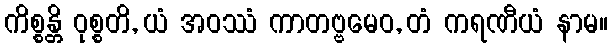
ကိစ္စန္တိ ဝုစ္စတိ, ယံ အဝဿံ ကာတဗ္ဗမေဝ, တံ ကရဏီယံ နာမ။